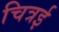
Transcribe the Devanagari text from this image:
चित्रई